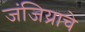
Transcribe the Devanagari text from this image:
जंजिय्राचे